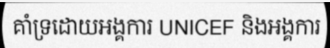
គាំទ្រដោយអង្គការ UNICEF និងអង្គការ